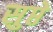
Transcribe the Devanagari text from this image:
सुप्ते